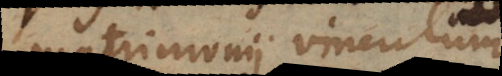
matrimonii vinculum